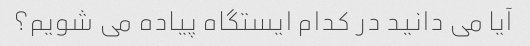
آیا می دانید در کدام ایستگاه پیاده می شویم؟